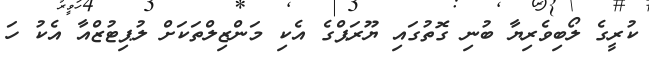
ކުރީގެ ލޯބިވެރިޔާ ބުނި ގޮތުގައި ޔޫރަޕްގެ އެކި މަންޒިލްތަކަށް ލުޕިޓުޒްއާ އެކު ހަ